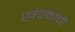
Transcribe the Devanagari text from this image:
खंदकाची